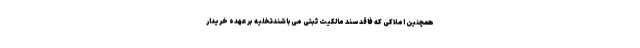
همچنین املاکی که فاقد سند مالکیت ثبتی می‌باشندتخلیه بر عهده خریدار